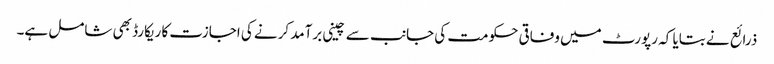
ذرائع نے بتایا کہ رپورٹ میں وفاقی حکومت کی جانب سے چینی برآمد کرنے کی اجازت کا ریکارڈ بھی شامل ہے۔